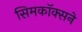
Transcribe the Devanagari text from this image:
सिमकॉक्सने